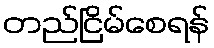
တည်ငြိမ်စေရန်